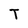
Character: T